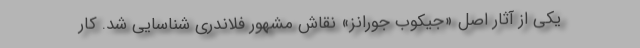
یکی از آثار اصل «جیکوب جورانز» نقاش مشهور فلاندری شناسایی شد. کار